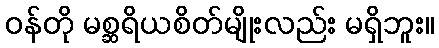
ဝန်တို မစ္ဆရိယစိတ်မျိုးလည်း မရှိဘူး။